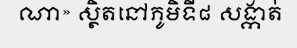
ណា» ស្ថិតនៅភូមិទី៨ សង្កាត់